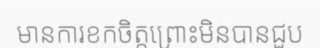
មានការខកចិត្តព្រោះមិនបានជួប